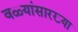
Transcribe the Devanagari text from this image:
वळ्यांसारख्या